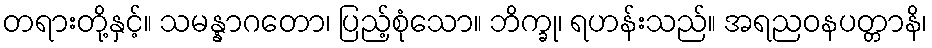
တရားတို့နှင့်။ သမန္နာဂတော၊ ပြည့်စုံသော။ ဘိက္ခု၊ ရဟန်းသည်။ အရညဝနပတ္တာနိ၊